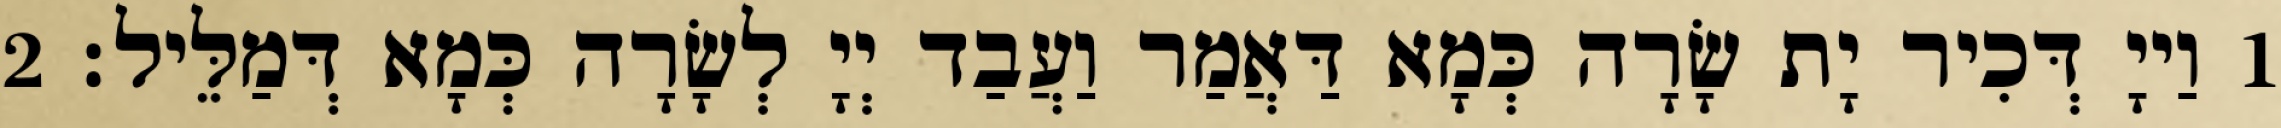
1 וַייָ דְּכִיר יָת שָׂרָה כְּמָא דַּאֲמַר וַעֲבַד יְיָ לְשָׂרָה כְּמָא דְּמַלֵּיל׃ 2